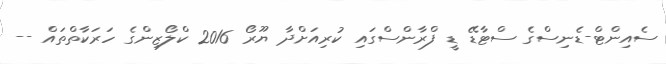
ސެއިންޓް-ޑެނިސްގެ ސްޓާޑޭ ޑީ ފްރާންސްގައި ކުރިއަށްދާ ޔޫރޯ 2016 ކްލޯޒިންގެ ހަރަކާތްތައް --